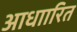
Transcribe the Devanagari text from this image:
आधाारित